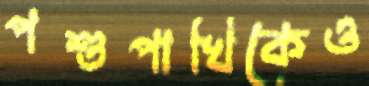
পশুপাখিকেও